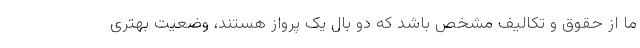
ما از حقوق و تکالیف مشخص باشد که دو بال یک پرواز هستند، وضعیت بهتری